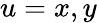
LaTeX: u=x,y